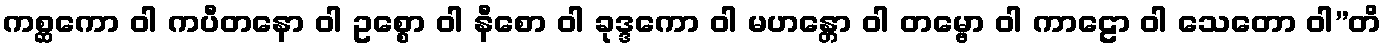
ကစ္ဆကော ဝါ ကပီတနော ဝါ ဥစ္စော ဝါ နီစော ဝါ ခုဒ္ဒကော ဝါ မဟန္တော ဝါ တမ္ဗော ဝါ ကာဠော ဝါ သေတော ဝါ”တိ